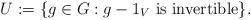
LaTeX: \begin{align*}U:=\{g\in G: g-1_V\textrm{ is invertible}\}.\end{align*}